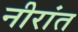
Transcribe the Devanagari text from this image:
नीरांत